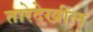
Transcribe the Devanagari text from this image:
तारेदेखील